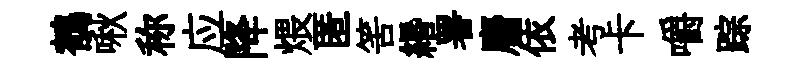
鶺啾称应降煨匿筈緡署麕依考卡嚼踪